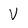
Character: V